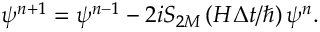
\psi ^ { n + 1 } = \psi ^ { n - 1 } - 2 i S _ { 2 M } \left( H \Delta t / \hbar \right) \psi ^ { n } .